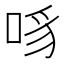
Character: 𪡊